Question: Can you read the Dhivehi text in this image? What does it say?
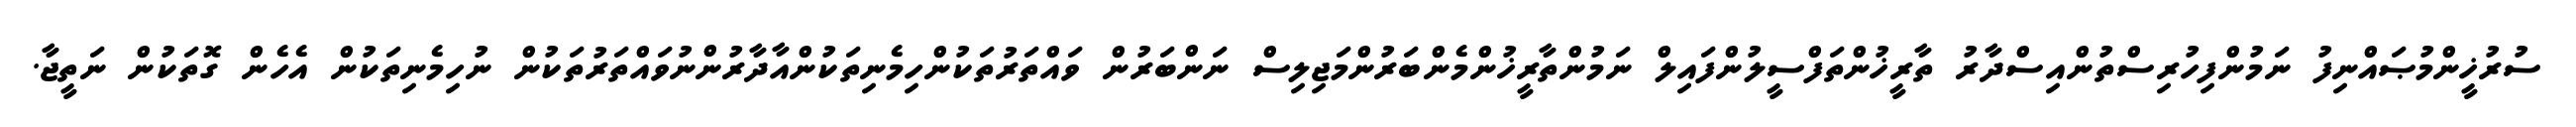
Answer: ސުރުޚީންމުޞައްނިފު ނަމުންފިހުރިސްތުންއިސްދާރު ތާރީޚުންތަފްސީލުންފައިލް ނަމުންތާރީޚުންމެންބަރުންމަޖިލިސް ނަންބަރުން ވައްތަރުތަކުންހިމެނިތަކުންއާދާރުންނުވައްތަރުތަކުން ނުހިމެނިތަކުން އެހެން ގޮތަކުން ނަތީޖާ.